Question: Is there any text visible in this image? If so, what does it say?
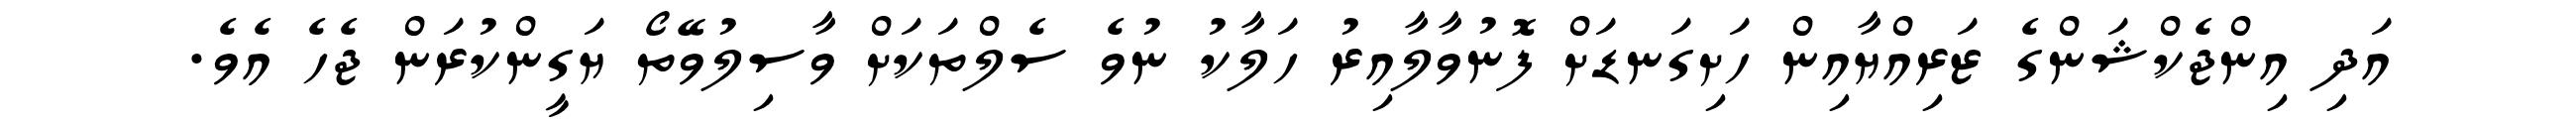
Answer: އަދި އިންޖެކްޝަންގެ ޒަރިއްޔާއިން ހަށިގަނޑަށް ފޮނުވާލާއިރު ހަލާކު ނުވެ ސެލްތަކަށް ވާސިލުވޭތޯ ޔަގީންކުރަން ޖެހެ އެވެ.